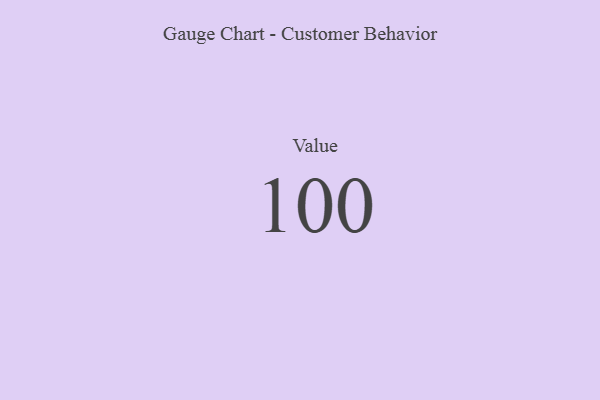
{"axis": {"x": "Metric", "y": "Value"}, "legend": [""], "data": [{"x": "Value", "y": 100, "type": ""}]}